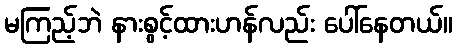
မကြည့်ဘဲ နားစွင့်ထားဟန်လည်း ပေါ်နေတယ်။